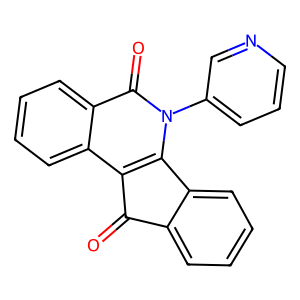
SMILES: O=C1c2ccccc2-c2c1c1ccccc1c(=O)n2-c1cccnc1
Inhibits HIV replication: No